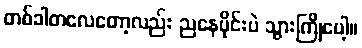
တစ်ခါတလေတော့လည်း ညနေပိုင်းပဲ သွားကြိုပေါ့။